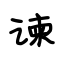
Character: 谏